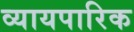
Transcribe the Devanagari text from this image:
व्यायपारिक